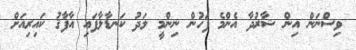
ވިސްނަން އިން ޝާރުދާ އެންމެ ފަހުން ނިންމީ ލަދު ކަނޑާލާފައި އާފާޤު ކައިރިއަށް